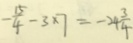
- \frac { 1 5 } { 4 } - 3 \times 7 = - 2 4 \frac { 3 } { 4 }